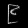
Digit: ၉